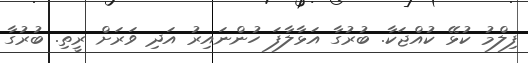
ފިލްމު ކުޅޭ ކުއްޖަކާ. ބުރުގާ އަޅާލާފަ ހުންނައިރު އަދި ވަރަށް ރީތި. ބުރުގާ